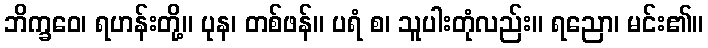
ဘိက္ခဝေ၊ ရဟန်းတို့။ ပုန၊ တစ်ဖန်။ ပရံ စ၊ သူပါးတုံလည်း။ ရညော၊ မင်း၏။